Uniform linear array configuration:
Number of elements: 48
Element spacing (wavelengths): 1
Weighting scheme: exponential
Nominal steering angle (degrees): -15
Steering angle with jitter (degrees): -15.717
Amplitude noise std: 0.05
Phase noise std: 0.05

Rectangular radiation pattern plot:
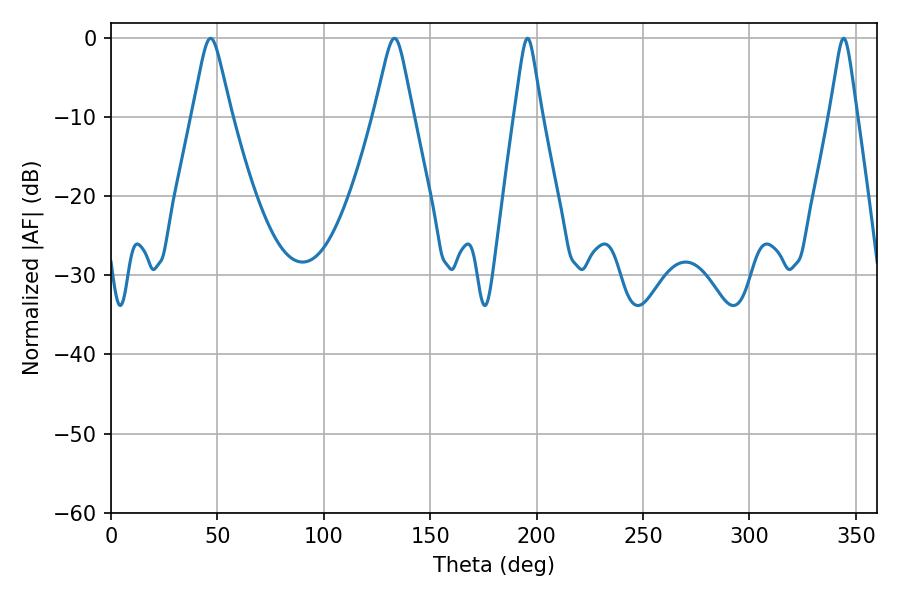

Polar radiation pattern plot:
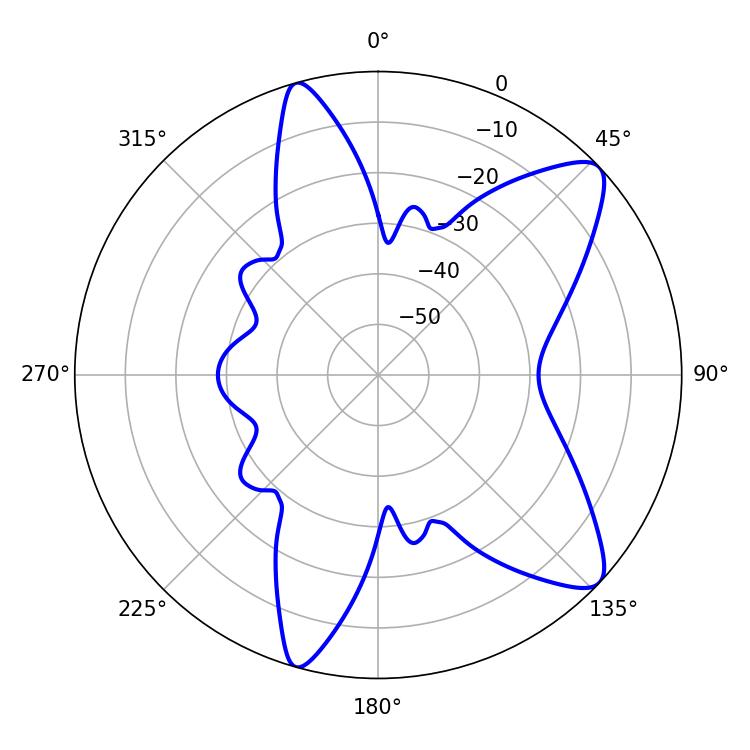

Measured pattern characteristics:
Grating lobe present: TRUE
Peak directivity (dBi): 10.047
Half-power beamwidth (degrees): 8.46
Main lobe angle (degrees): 46.8